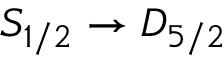
S _ { 1 / 2 } \rightarrow D _ { 5 / 2 }